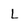
Character: L